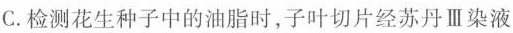
C.检测花生种子中的油脂时，子叶切片经苏丹Ⅲ染液